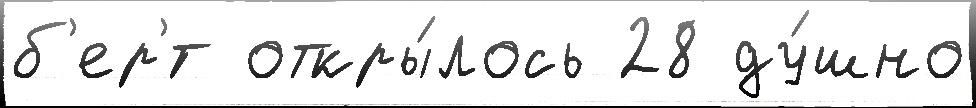
б'ер'́т откры́лось 28 ду́шно